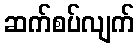
ဆက်စပ်လျက်